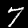
Digit: 7